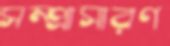
সম্প্রাসারণ